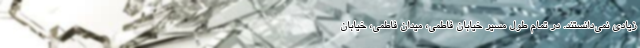
زیادی نمی‌دانستند. در تمام طول مسیر خیابان فاطمی، میدان فاطمی، خیابان